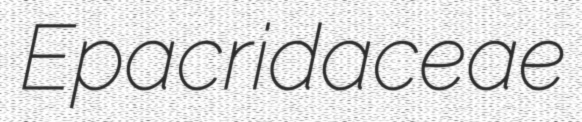
Epacridaceae